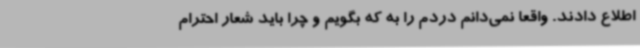
اطلاع دادند. واقعا نمی‌دانم دردم را به که بگویم و چرا باید شعار احترام